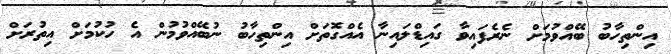
އިންތިހާބު ބޭއްވުމަށް ނެރެފައިވާ ގައިޑްލައިނާ އެއްގޮތަށް އިންތިހާބު ނުބޭއްވުމުން އެ ހުކުމަށް އިތުރަށް